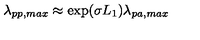
\lambda _ { p p , m a x } \approx \exp ( \sigma L _ { 1 } ) \lambda _ { p a , m a x }